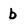
Character: b